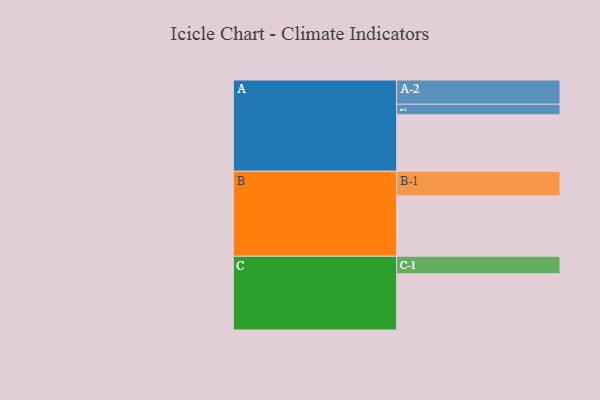
{"axis": {"x": "Segment", "y": "Value"}, "legend": ["", "A", "B", "C"], "data": [{"x": "A", "y": 481, "type": ""}, {"x": "B", "y": 515, "type": ""}, {"x": "C", "y": 479, "type": ""}, {"x": "A-1", "y": 90, "type": "A"}, {"x": "A-2", "y": 206, "type": "A"}, {"x": "B-1", "y": 208, "type": "B"}, {"x": "C-1", "y": 149, "type": "C"}]}